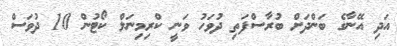
އަދި އޭނާގެ ބަންދަށް ބުރާސްފަތި ދުވަހު ވަނީ ކްރިމިނަލް ކޯޓުން 10 ދުވަސް